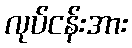
လုပ်ငန်းအား